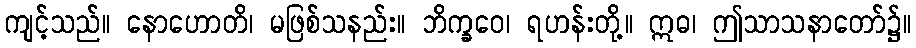
ကျင့်သည်။ နောဟောတိ၊ မဖြစ်သနည်း။ ဘိက္ခဝေ၊ ရဟန်းတို့။ ဣဓ၊ ဤသာသနာတော်၌။